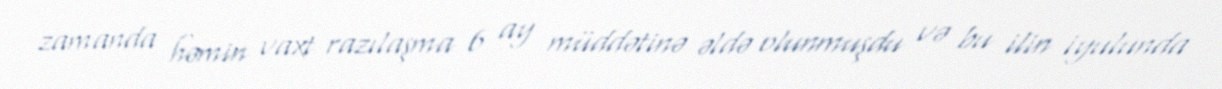
zamanda həmin vaxt razılaşma 6 ay müddətinə əldə olunmuşdu və bu ilin iyulunda